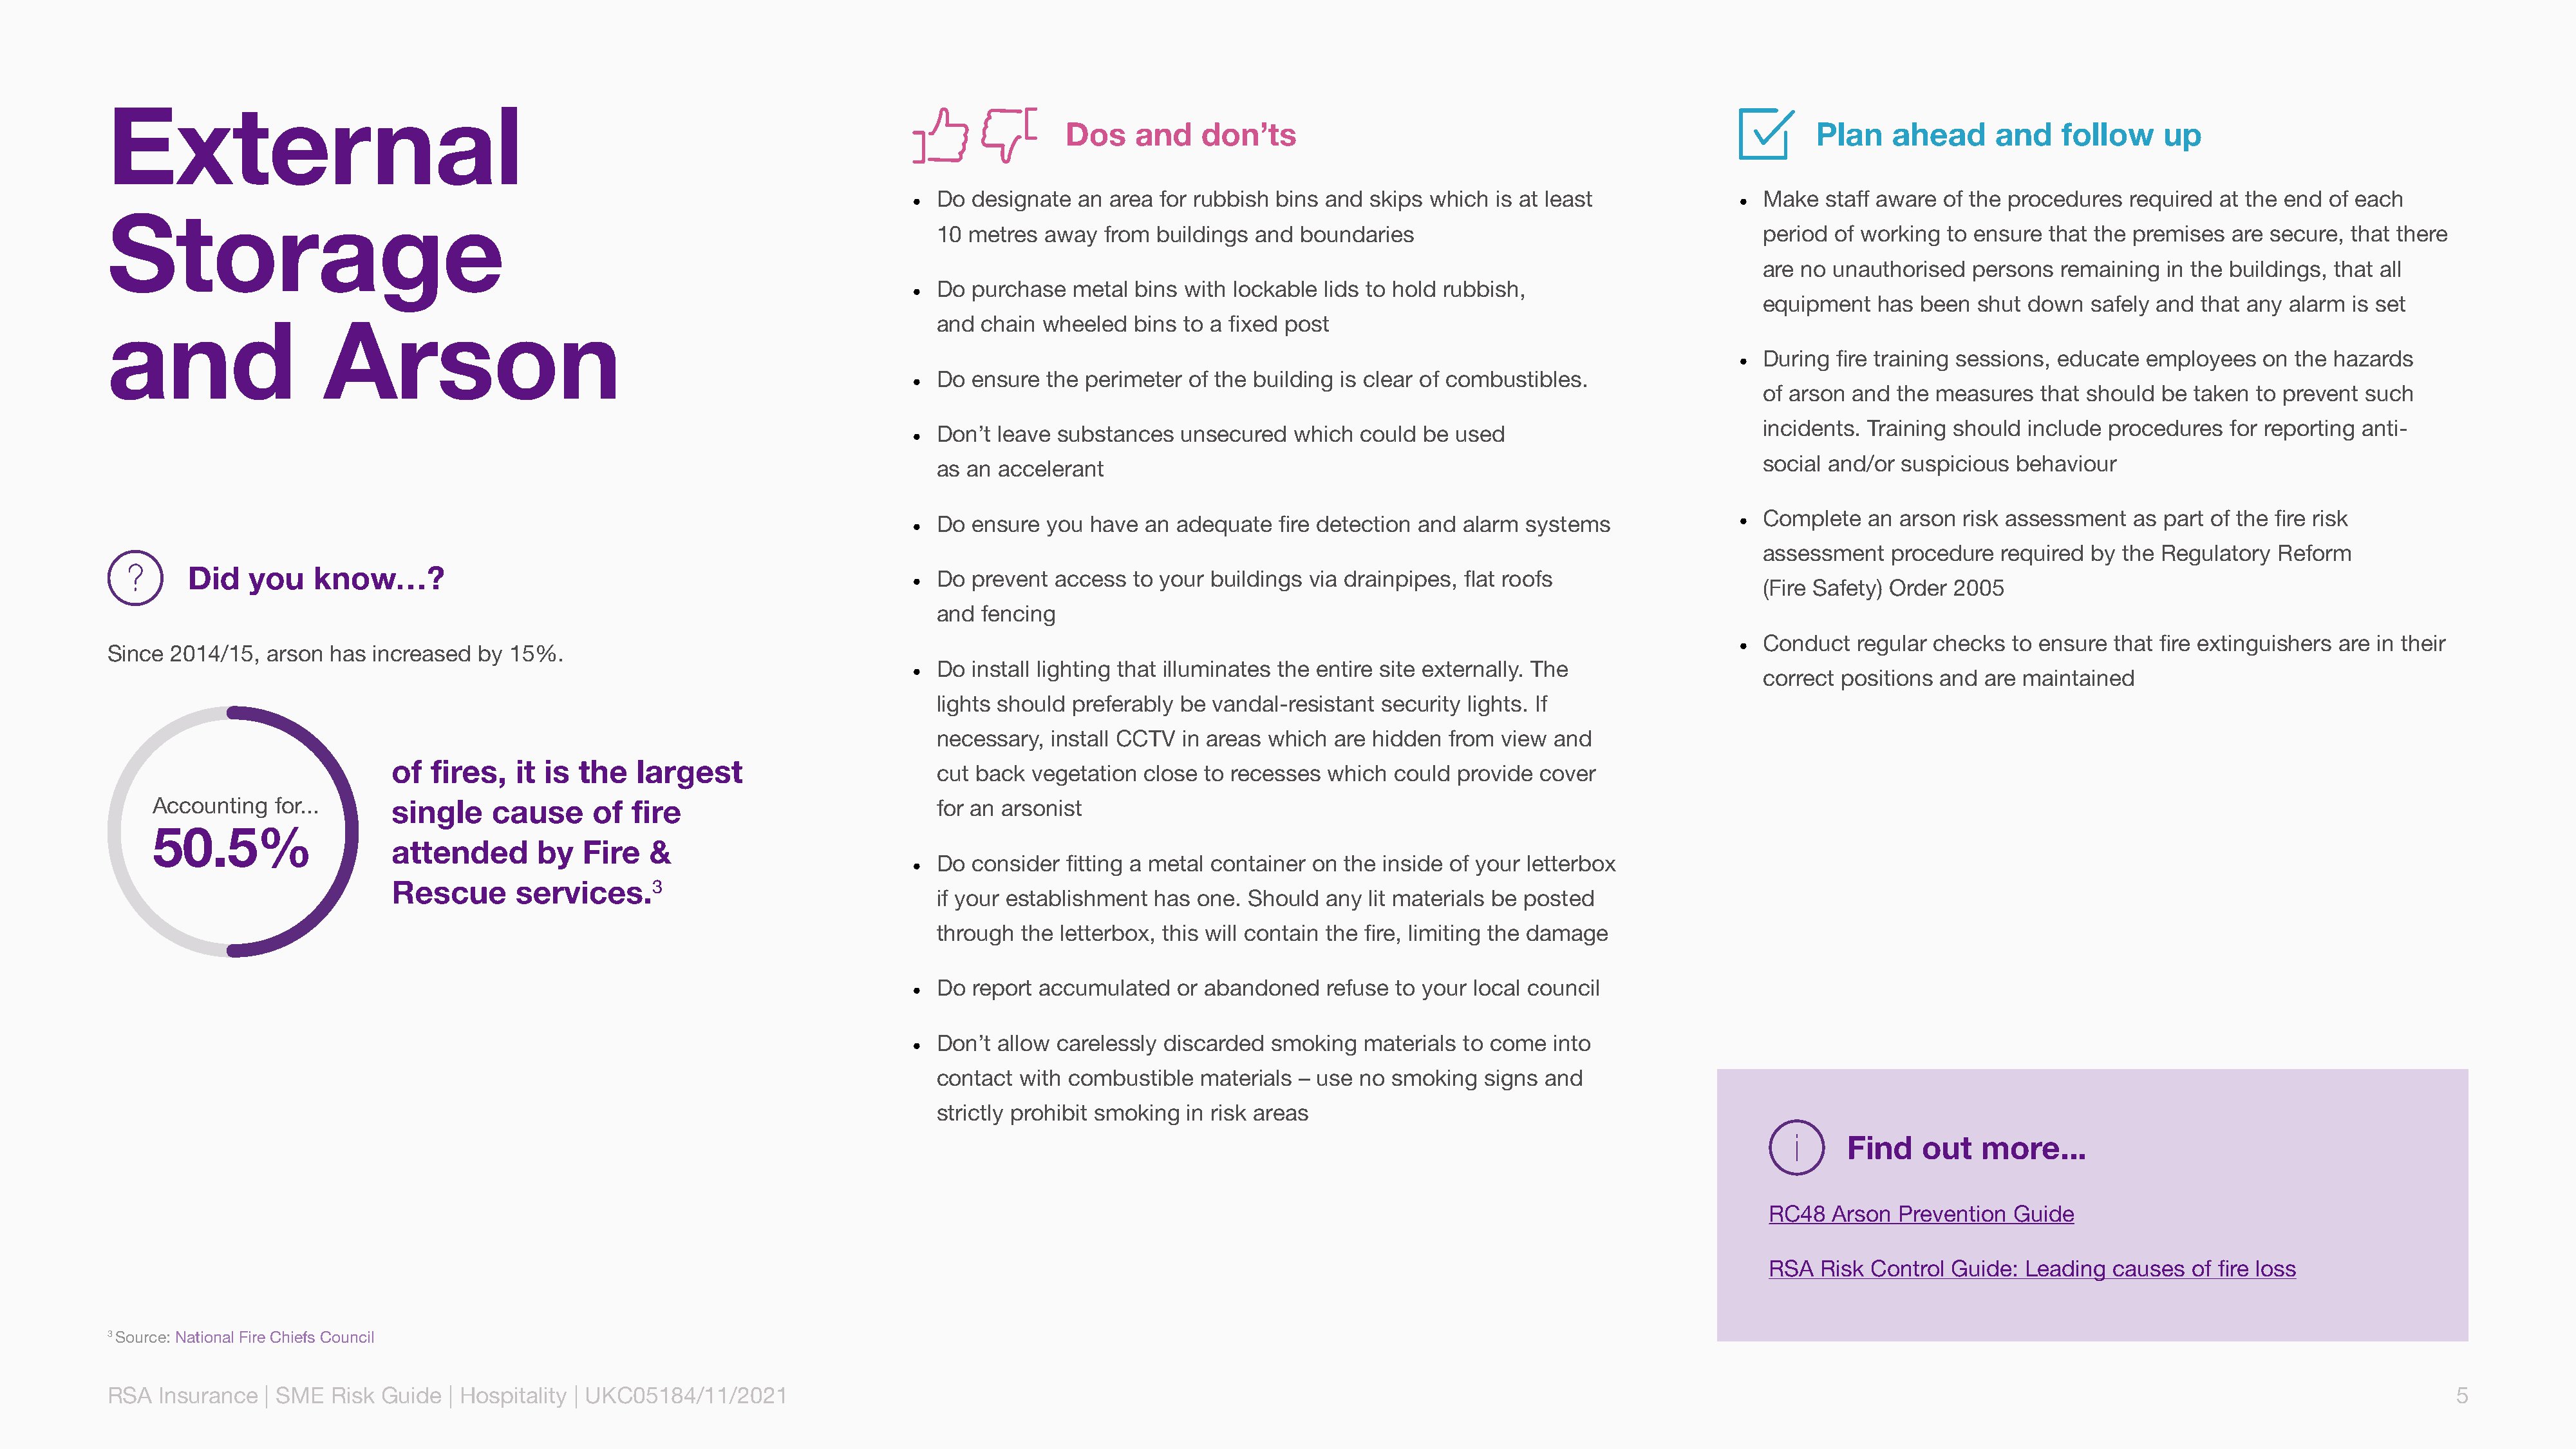
External
 Dos    and   don’ts                                                          Plan    ahead     and    follow    up
 • Do  designate  an area for rubbish bins and  skips which  is at least              • Make   staff aware of the procedures  required at the end of each
 Storage
 10  metres away  from  buildings and  boundaries                                     period  of working to ensure  that the premises are secure,  that there
 are no unauthorised   persons  remaining  in the buildings, that all
 • Do  purchase  metal  bins with lockable lids to hold rubbish,
 equipment   has been  shut down   safely and that any alarm  is set
 and                   Arson                                                          and  chain wheeled   bins to a fixed post
 • During  fire training sessions, educate employees   on the hazards
 • Do  ensure  the perimeter of the building is clear of combustibles.
 of arson and  the measures   that should be  taken to prevent such
 incidents. Training should  include procedures  for reporting anti-
 • Don’t  leave substances  unsecured   which  could be  used
 social and/or suspicious  behaviour
 as an  accelerant
 • Do  ensure  you have  an adequate  fire detection and alarm  systems               • Complete   an arson  risk assessment  as part of the fire risk
 assessment   procedure   required by the Regulatory  Reform
 Did    you   know…?
 • Do  prevent access  to your buildings  via drainpipes, flat roofs
 (Fire Safety) Order 2005
 and  fencing
 • Conduct   regular checks  to ensure that fire extinguishers are in their
 Since  2014/15, arson  has increased  by 15%.
 • Do  install lighting that illuminates the entire site externally. The
 correct positions and  are maintained
 lights should preferably be  vandal-resistant security lights. If
 necessary,  install CCTV  in areas which are hidden  from view  and
 of  fires,   it is the   largest
 cut back  vegetation  close to recesses  which could  provide cover
 Accounting  for...      single     cause     of  fire                           for an arsonist
 50.5%
 attended       by   Fire   &
 • Do  consider  fitting a metal container on the inside of your letterbox
 Rescue       services.3
 if your establishment  has one. Should  any  lit materials be posted
 through  the letterbox, this will contain the fire, limiting the damage
 • Do  report accumulated   or abandoned   refuse to your local council
 • Don’t  allow carelessly discarded  smoking  materials to come   into
 contact  with combustible  materials  – use no smoking   signs and
 strictly prohibit smoking in risk areas
 Find    out   more...
 RC48  Arson  Prevention  Guide
 RSA  Risk Control  Guide: Leading  causes  of fire loss
 3 Source: National Fire Chiefs Council
 RSA  Insurance  | SME  Risk Guide  | Hospitality | UKC05184/11/2021                                                                                                                                                                              5